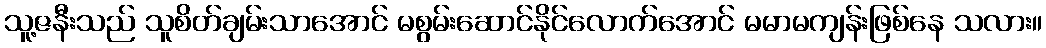
သူ့ဇနီးသည် သူစိတ်ချမ်းသာအောင် မစွမ်းဆောင်နိုင်လောက်အောင် မမာမကျန်းဖြစ်နေ သလား။